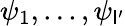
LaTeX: \psi_{1},...,\psi_{\mathsf{l}^{\prime}}